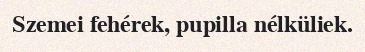
Szemei fehérek, pupilla nélküliek.